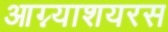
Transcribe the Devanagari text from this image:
आग्न्याशयरस